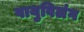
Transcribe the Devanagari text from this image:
वायुविलंग